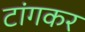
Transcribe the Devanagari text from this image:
टांगकर